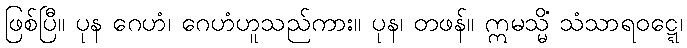
ဖြစ်ပြီ။ ပုန ဂေဟံ၊ ဂေဟံဟူသည်ကား။ ပုန၊ တဖန်။ ဣမသ္မိံ သံသာရဝဋ္ဋေ၊